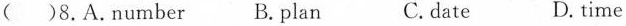
( )8.A.Number B. plan C.date D. time